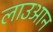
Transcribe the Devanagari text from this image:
लाउआन